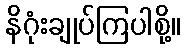
နိဂုံးချုပ်ကြပါစို့။